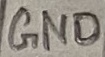
Text: GND